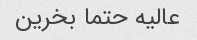
عالیه حتما بخرین